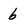
Character: 6